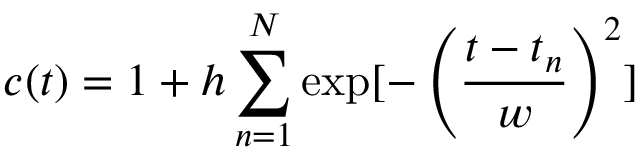
c ( t ) = 1 + h \sum _ { n = 1 } ^ { N } \exp [ - \left( \frac { t - t _ { n } } { w } \right) ^ { 2 } ]